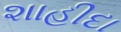
શાહીદા